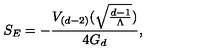
S _ { E } = - \frac { V _ { ( d - 2 ) } ( \sqrt { \frac { d - 1 } { \Lambda } } ) } { 4 G _ { d } } ,